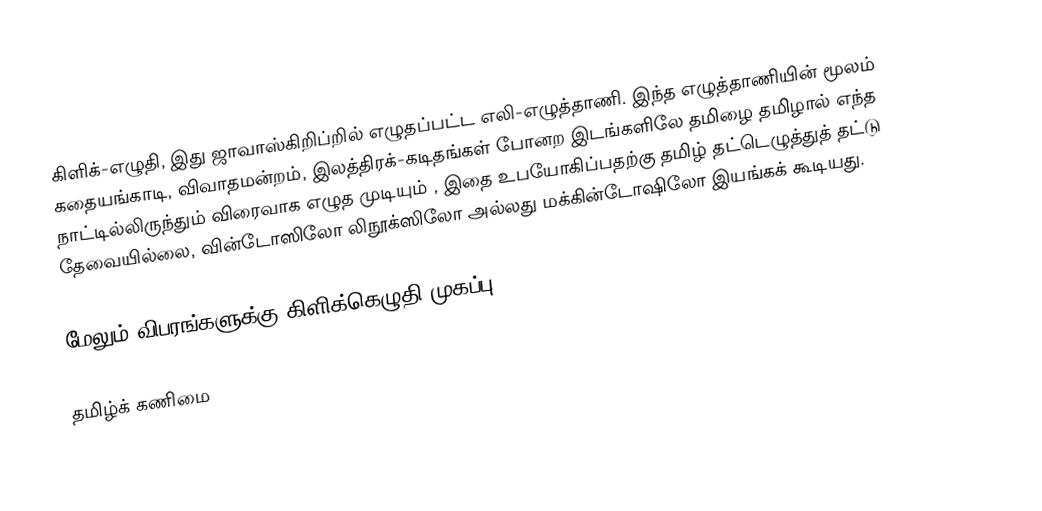
கிளிக்-எழுதி,  இது ஜாவாஸ்கிறிப்றில் எழுதப்பட்ட  எலி-எழுத்தாணி. இந்த எழுத்தாணியின் மூலம் கதையங்காடி, விவாதமன்றம், இலத்திரக்-கடிதங்கள் போனற இடங்களிலே தமிழை தமிழால் எந்த நாட்டில்லிருந்தும் விரைவாக எழுத  முடியும் , இதை உபயோகிப்பதற்கு தமிழ் தட்டெழுத்துத் தட்டு தேவையில்லை, வின்டோஸிலோ லிநூக்ஸிலோ அல்லது மக்கின்டோஷிலோ இயங்கக் கூடியது.

மேலும் விபரங்களுக்கு  கிளிக்கெழுதி முகப்பு

தமிழ்க் கணிமை